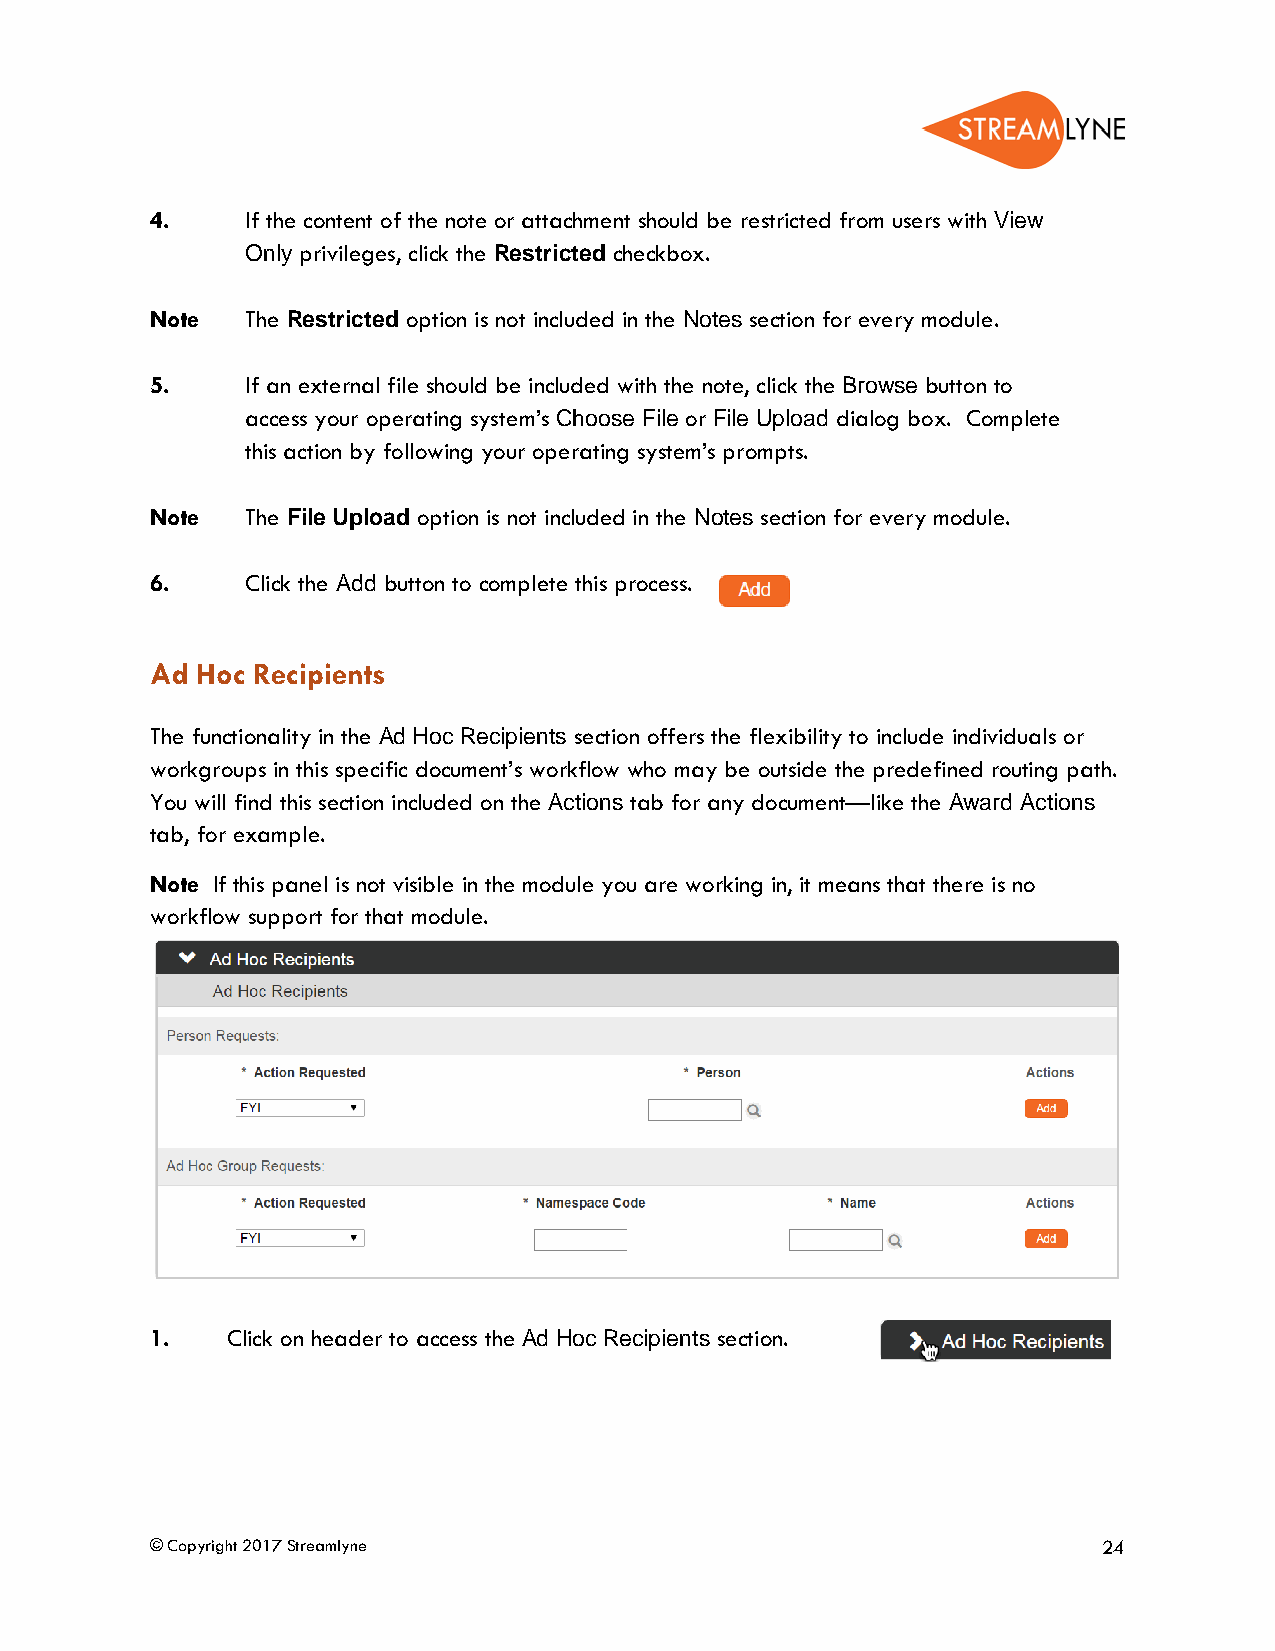
4.    If the content of the note or attachment should be restricted from users with View
 Only privileges, click the Restricted checkbox.
 Note  The Restricted option is not included in the Notes section for every module.
 5.    If an external file should be included with the note, click the Browse button to
 access your operating system’s Choose File or File Upload dialog box. Complete
 this action by following your operating system’s prompts.
 Note  The File Upload option is not included in the Notes section for every module.
 6.    Click the Add button to complete this process.
 Ad Hoc Recipients
 The functionality in the Ad Hoc Recipients section offers the flexibility to include individuals or
 workgroups in this specific document’s workflow who may be outside the predefined routing path.
 You will find this section included on the Actions tab for any document—like the Award Actions
 tab, for example.
 Note If this panel is not visible in the module you are working in, it means that there is no
 workflow support for that module.
 1.   Click on header to access the Ad Hoc Recipients section.
 © Copyright 2017 Streamlyne                                    24